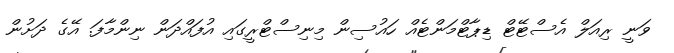
ވަނީ ރިއަލް އެސްޓޭޓް ޑިޕާޓްމަންޓެއް ހައުސިން މިނިސްޓްރީގައި އުފައްދަން ނިންމާފަ. އޭގެ ދަށުން